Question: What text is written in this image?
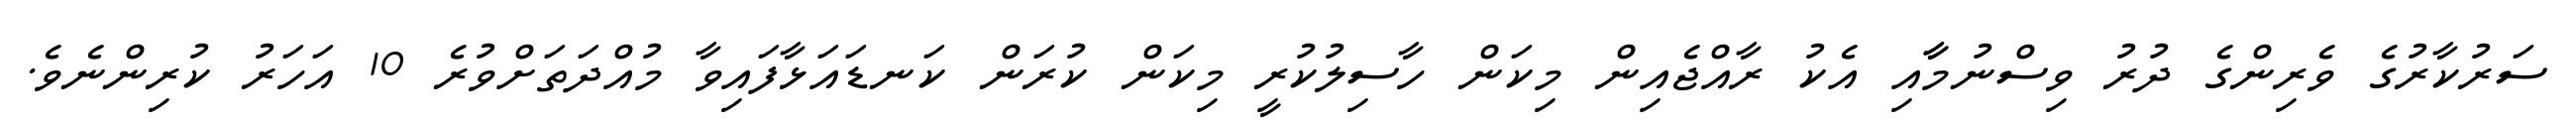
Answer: ސަރުކާރުގެ ވެރިންގެ ދުރު ވިސްނުމާާއި އެކު ރާއްޖެއިން މިކަން ހާސިލުކުރީ މިކަން ކުރަން ކަނޑައަޅާފައިވާ މުއްދަތަށްވުރެ 10 އަހަރު ކުރިންނެވެ.